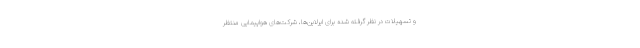
و تسهیلات در نظر گرفته شده برای ایرلاین‌ها، شرکت‌های هواپیمایی منتظر